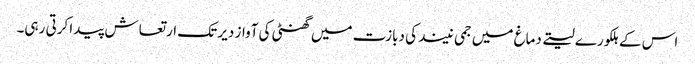
اس کے ہلکورے لیتے دماغ میں جمی نیند کی دبازت میں گھنٹی کی آواز دیر تک ارتعاش پیدا کرتی رہی۔